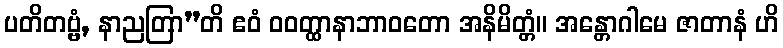
ပတိတဗ္ဗံ, နာညတြာ”တိ ဧဝံ ဝဝတ္ထာနာဘာဝတော အနိမိတ္တံ။ အန္တောဂါမေ ဇာတာနံ ဟိ